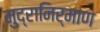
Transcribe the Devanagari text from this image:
मुद्रानिर्माण